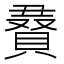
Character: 𮚔